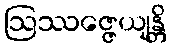
ဩဿဇ္ဇေယျန္တိ